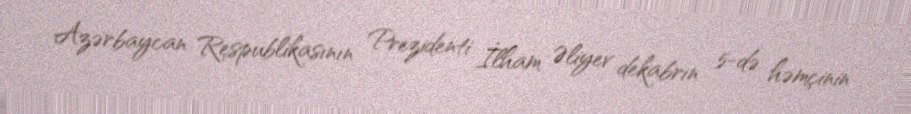
Azərbaycan Respublikasının Prezidenti İlham Əliyev dekabrın 5-də həmçinin